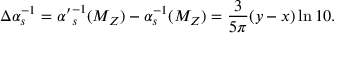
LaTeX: \Delta \alpha _ { s } ^ { - 1 } = { \alpha ^ { \prime } } _ { s } ^ { - 1 } ( M _ { Z } ) - \alpha _ { s } ^ { - 1 } ( M _ { Z } ) = { \frac { 3 } { 5 \pi } } ( y - x ) \ln 1 0 .